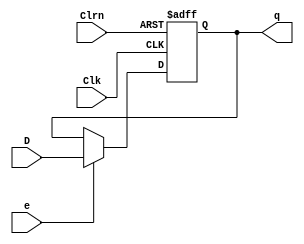
`timescale 1ns / 1ps
//////////////////////////////////////////////////////////////////////////////////
// Company: 
// Engineer: 
// 
// Design Name: 
// Module Name: Dffe_32
// Project Name: 
// Target Devices: 
// Tool Versions: 
// Description: 
// 
// Dependencies: 
// 
// Revision:
// Revision 0.01 - File Created
// Additional Comments:
// 
//////////////////////////////////////////////////////////////////////////////////


module Dffe_32(D,Clk,Clrn,e,q);//32
        input [31:0]D;
    input Clk,Clrn,e;
    output reg[31:0]q;
    always @(negedge Clrn or posedge Clk)
        if (Clrn ==0)
        begin 
            q<= 0;
        end
        else begin 
        if(e) q <= D;
        end
endmodule